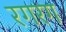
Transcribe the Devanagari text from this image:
रगरग